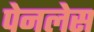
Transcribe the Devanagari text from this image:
पेनलेस